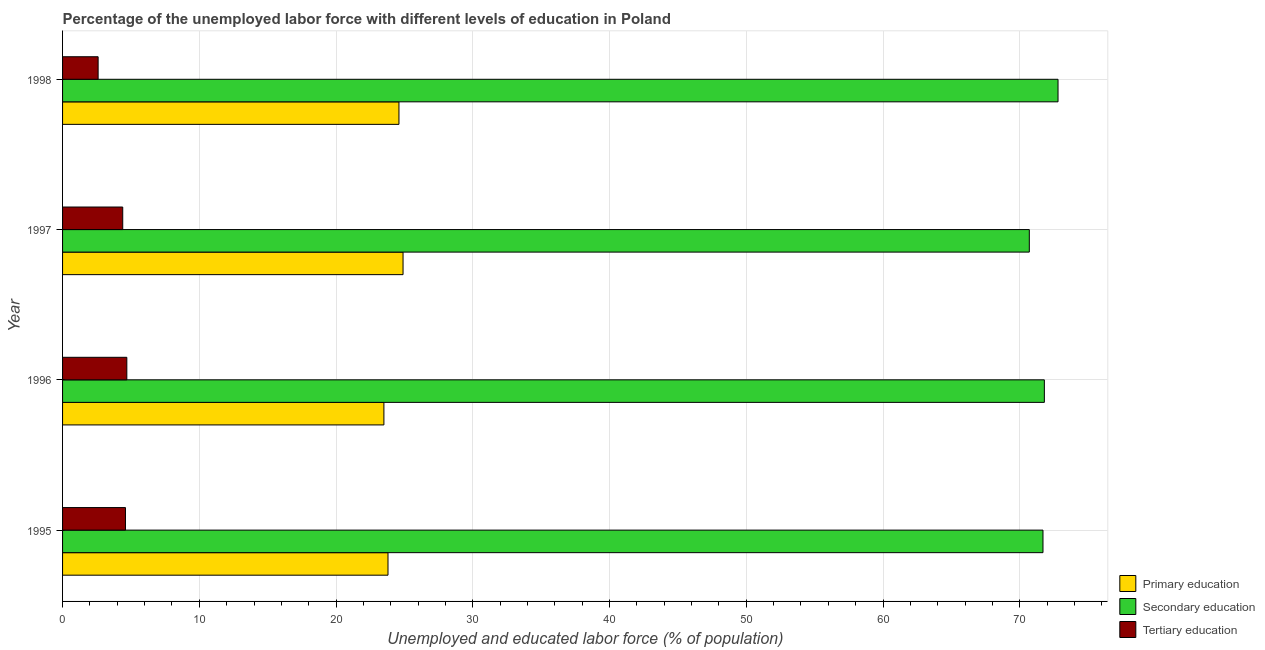
| Year | Primary education | Secondary education | Tertiary education |
 | --- | --- | --- | --- |
 | 1995 | 23.8 | 71.7 | 4.6 |
 | 1996 | 23.5 | 71.8 | 4.7 |
 | 1997 | 24.9 | 70.7 | 4.4 |
 | 1998 | 24.6 | 72.8 | 2.6 |